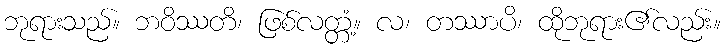
ဘုရားသည်။ ဘဝိဿတိ၊ ဖြစ်လတ္တံ့။ လ၊ တဿာပိ၊ ထိုဘုရား၏လည်း။